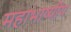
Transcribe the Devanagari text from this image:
महाभाष्यीय